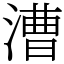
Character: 漕